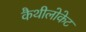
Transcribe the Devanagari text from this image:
कैथीलोकेट